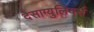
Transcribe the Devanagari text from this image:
देसाग्युलियर्स